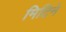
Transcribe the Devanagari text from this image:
मिटिने